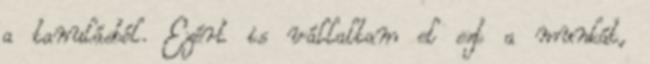
a tanulásból. Ezért is vállaltam el ezt a munkát,